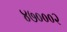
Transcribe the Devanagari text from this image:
४७०००२